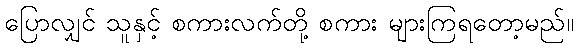
ပြောလျှင် သူနှင့် စကားလက်တို့ စကား များကြရတော့မည်။